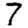
Digit: 7